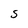
Character: S